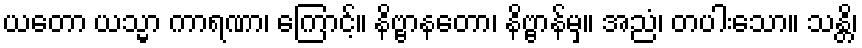
ယတော ယသ္မာ ကာရဏာ၊ ကြောင့်။ နိဗ္ဗာနတော၊ နိဗ္ဗာန်မှ။ အညံ၊ တပါးသော။ သန္တိ၊